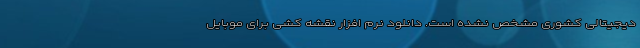
دیجیتالی کشوری مشخص نشده است. دانلود نرم افزار نقشه کشی برای موبایل